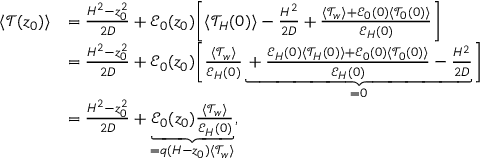
\begin{array} { r l } { \langle \mathcal { T } ( z _ { 0 } ) \rangle } & { = \frac { H ^ { 2 } - z _ { 0 } ^ { 2 } } { 2 D } + \mathcal { E } _ { 0 } ( z _ { 0 } ) \biggl [ \langle \mathcal { T } _ { H } ( 0 ) \rangle - \frac { H ^ { 2 } } { 2 D } + \frac { \langle \mathcal { T } _ { w } \rangle + \mathcal { E } _ { 0 } ( 0 ) \langle \mathcal { T } _ { 0 } ( 0 ) \rangle } { \mathcal { E } _ { H } ( 0 ) } \biggr ] } \\ & { = \frac { H ^ { 2 } - z _ { 0 } ^ { 2 } } { 2 D } + \mathcal { E } _ { 0 } ( z _ { 0 } ) \biggl [ \frac { \langle \mathcal { T } _ { w } \rangle } { \mathcal { E } _ { H } ( 0 ) } \underbrace { + \frac { \mathcal { E } _ { H } ( 0 ) \langle \mathcal { T } _ { H } ( 0 ) \rangle + \mathcal { E } _ { 0 } ( 0 ) \langle \mathcal { T } _ { 0 } ( 0 ) \rangle } { \mathcal { E } _ { H } ( 0 ) } - \frac { H ^ { 2 } } { 2 D } } _ { = 0 } \biggr ] } \\ & { = \frac { H ^ { 2 } - z _ { 0 } ^ { 2 } } { 2 D } + \underbrace { \mathcal { E } _ { 0 } ( z _ { 0 } ) \frac { \langle \mathcal { T } _ { w } \rangle } { \mathcal { E } _ { H } ( 0 ) } } _ { = q ( H - z _ { 0 } ) \langle \mathcal { T } _ { w } \rangle } , } \end{array}